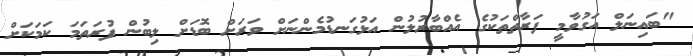
"ބައިނަލް އަގުވާމީ ފަރާތްތަކުގެ އެއްބާރުލުން އަޅުގަނޑުމެންނަށް ވަރަށް ބޮޑަށް ލިބުން ފުރަތަމަ ކަމަކަށް